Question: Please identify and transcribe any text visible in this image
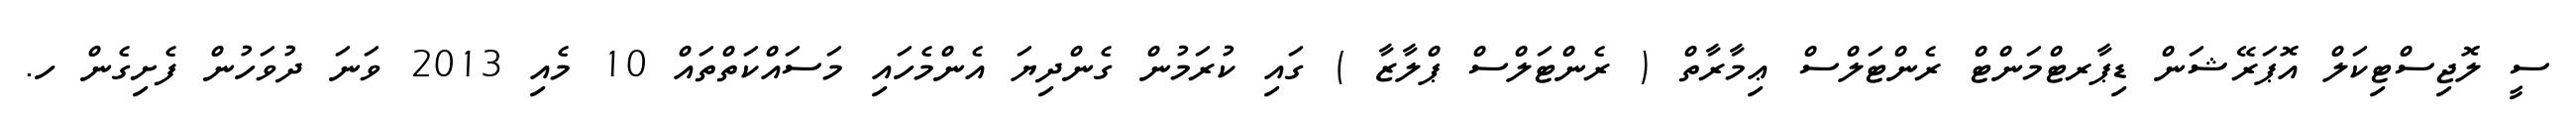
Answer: ސީ ލޮޖިސްޓިކަލް އޮޕަރޭޝަން ޑިޕާރޓްމަންޓް ރެންޓަލްސް ޢިމާރާތް ( ރެންޓަލްސް ޕްލާޒާ ) ގައި ކުރަމުން ގެންދިޔަ އެންމެހައި މަސައްކަތްތައް 10 މެއި 2013 ވަނަ ދުވަހުން ފެށިގެން ހ.